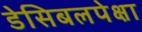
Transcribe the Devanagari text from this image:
डेसिबलपेक्षा